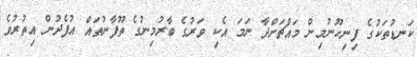
ކަނޑުތަކުގެ ފިނިހޫނުމިން މައްޗަށްދާ ނަމަ އެކި ވަރުގެ ބާރުމިނުގެ ތޫފާނުތައް އުފެދުން އިތުރުވެ